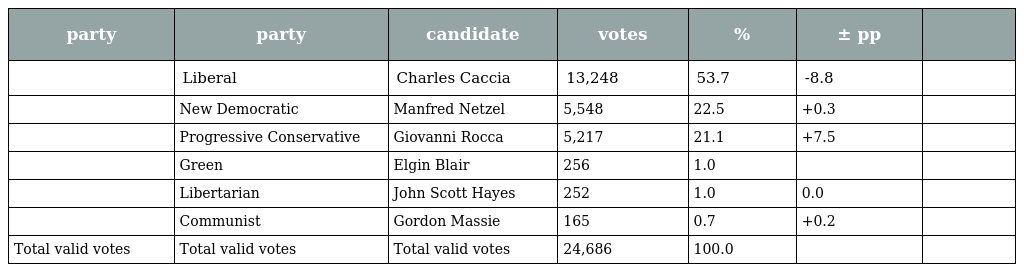
| party | party | candidate | votes | % | ± pp |  |
 | --- | --- | --- | --- | --- | --- | --- |
 |  | Liberal | Charles Caccia | 13,248 | 53.7 | -8.8 |  |
 |  | New Democratic | Manfred Netzel | 5,548 | 22.5 | +0.3 |  |
 |  | Progressive Conservative | Giovanni Rocca | 5,217 | 21.1 | +7.5 |  |
 |  | Green | Elgin Blair | 256 | 1.0 |  |  |
 |  | Libertarian | John Scott Hayes | 252 | 1.0 | 0.0 |  |
 |  | Communist | Gordon Massie | 165 | 0.7 | +0.2 |  |
 | Total valid votes | Total valid votes | Total valid votes | 24,686 | 100.0 |  |  |